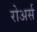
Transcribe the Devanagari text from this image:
रोअर्स